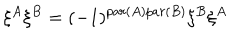
LaTeX: \xi ^ { A } \xi ^ { B } = ( - 1 ) ^ { p a r ( A ) p a r ( B ) } \xi ^ { B } \xi ^ { A }